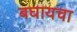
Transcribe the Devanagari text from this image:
बघायचा